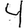
Digit: 4